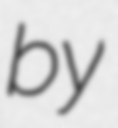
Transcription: by